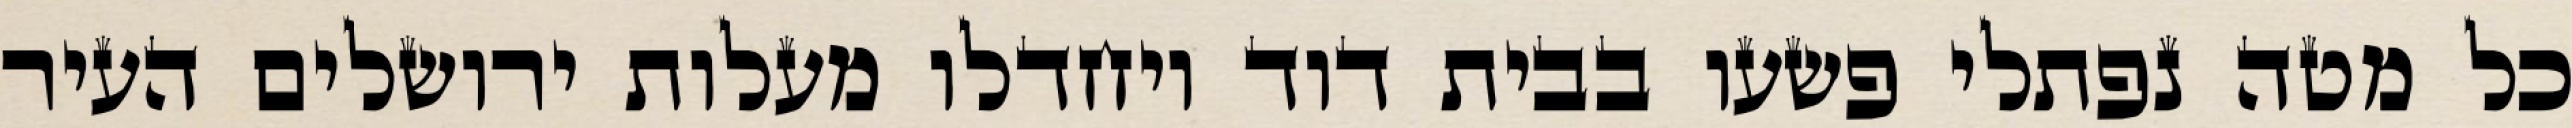
כל מטה נפתלי פשעו בבית דוד ויחדלו מעלות ירושלים העיר